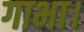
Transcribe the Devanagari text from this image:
गाभा।